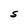
Character: S